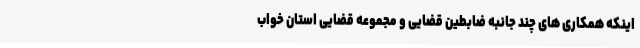
اینکه همکاری های چند جانبه ضابطین قضایی و مجموعه قضایی استان خواب